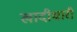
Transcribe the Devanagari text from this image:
खादीधारी